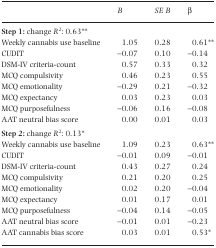
<table><thead><tr><td></td><td><b><i>B</i></b></td><td><b><i>SE B</i></b></td><td><b>β</b></td></tr></thead><tbody><tr><td colspan="4"><b>Step 1:</b> change <i>R</i><sup>2</sup>: 0.63**</td></tr><tr><td>Weekly cannabis use baseline</td><td>1.05</td><td>0.28</td><td>0.61**</td></tr><tr><td>CUDIT</td><td>−0.07</td><td>0.10</td><td>−0.14</td></tr><tr><td>DSM-IV criteria-count</td><td>0.57</td><td>0.33</td><td>0.32</td></tr><tr><td>MCQ compulsivity</td><td>0.46</td><td>0.23</td><td>0.55</td></tr><tr><td>MCQ emotionality</td><td>−0.29</td><td>0.21</td><td>−0.32</td></tr><tr><td>MCQ expectancy</td><td>0.03</td><td>0.23</td><td>0.03</td></tr><tr><td>MCQ purposefulness</td><td>−0.06</td><td>0.16</td><td>−0.08</td></tr><tr><td>AAT neutral bias score</td><td>0.00</td><td>0.01</td><td>0.03</td></tr><tr><td colspan="4"><b>Step 2:</b> change <i>R</i><sup>2</sup>: 0.13*</td></tr><tr><td>Weekly cannabis use baseline</td><td>1.09</td><td>0.23</td><td>0.63**</td></tr><tr><td>CUDIT</td><td>−0.01</td><td>0.09</td><td>−0.01</td></tr><tr><td>DSM-IV criteria-count</td><td>0.43</td><td>0.27</td><td>0.24</td></tr><tr><td>MCQ compulsivity</td><td>0.21</td><td>0.20</td><td>0.25</td></tr><tr><td>MCQ emotionality</td><td>0.02</td><td>0.20</td><td>−0.04</td></tr><tr><td>MCQ expectancy</td><td>0.01</td><td>0.17</td><td>0.01</td></tr><tr><td>MCQ purposefulness</td><td>−0.04</td><td>0.14</td><td>−0.05</td></tr><tr><td>AAT neutral bias score</td><td>−0.01</td><td>0.01</td><td>−0.23</td></tr><tr><td>AAT cannabis bias score</td><td>0.03</td><td>0.01</td><td>0.53*</td></tr></tbody></table>